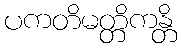
ပကတိမတ္တိကန္တိ